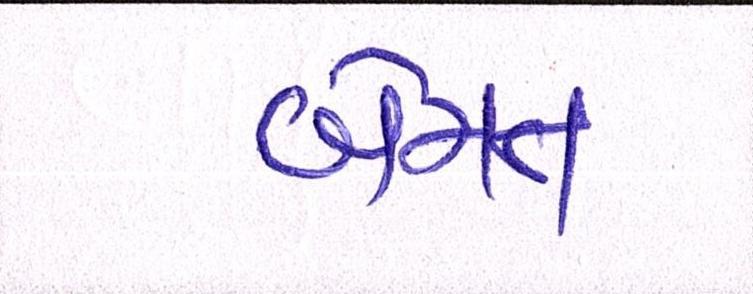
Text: બેમત